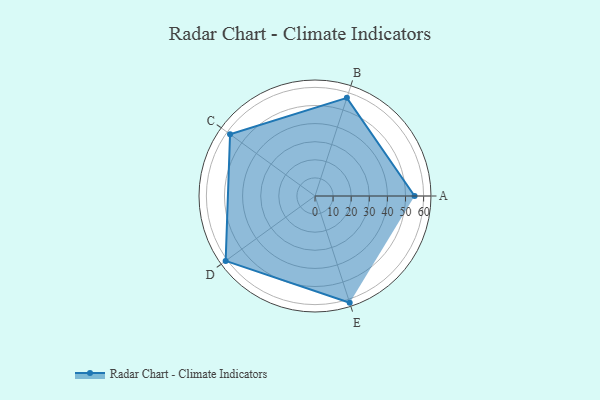
{"axis": {"x": "Skill", "y": "Score"}, "legend": ["Profile"], "data": [{"x": "A", "y": 55.0, "type": "Profile"}, {"x": "B", "y": 57.0, "type": "Profile"}, {"x": "C", "y": 58.0, "type": "Profile"}, {"x": "D", "y": 61.0, "type": "Profile"}, {"x": "E", "y": 62.0, "type": "Profile"}]}